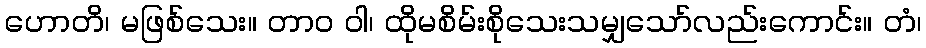
ဟောတိ၊ မဖြစ်သေး။ တာဝ ဝါ၊ ထိုမစိမ်းစိုသေးသမျှသော်လည်းကောင်း။ တံ၊